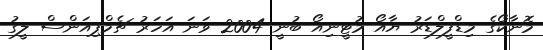
މޮނާކޯގެ މިޑްފީލްޑަރު ޔާއޯ މުޓީނިއޯ ބުނީ 2004 ވަނަ އަހަރު ޗެމްޕިއަންސް ލީގު